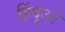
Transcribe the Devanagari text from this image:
हिंदूओ